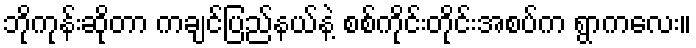
ဘိုကုန်းဆိုတာ ကချင်ပြည်နယ်နဲ့ စစ်ကိုင်းတိုင်းအစပ်က ရွာကလေး။